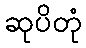
ဆုပိတုံ